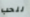
للحب